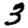
Digit: 3